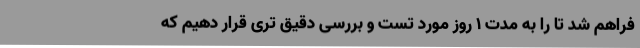
فراهم شد تا را به مدت 1 روز مورد تست و بررسی دقیق تری قرار دهیم که